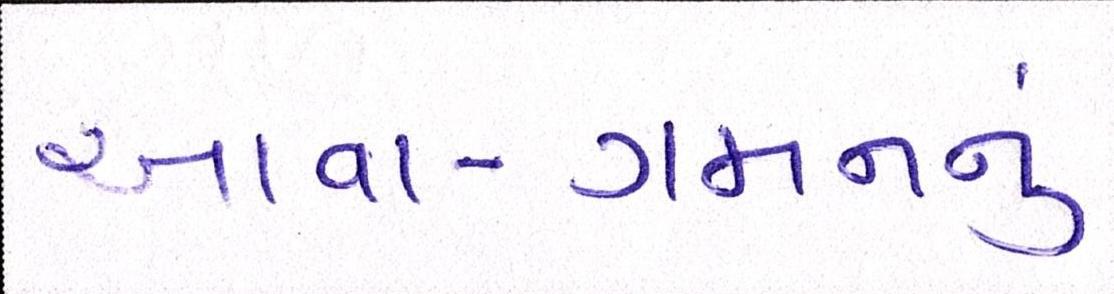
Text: આવા-ગમનનું